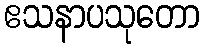
ဧသနာပသုတော